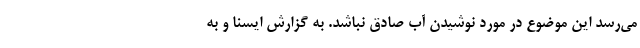
می‌رسد این موضوع در مورد نوشیدن آب صادق نباشد. به گزارش ایسنا و به